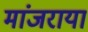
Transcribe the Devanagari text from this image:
मांजराया